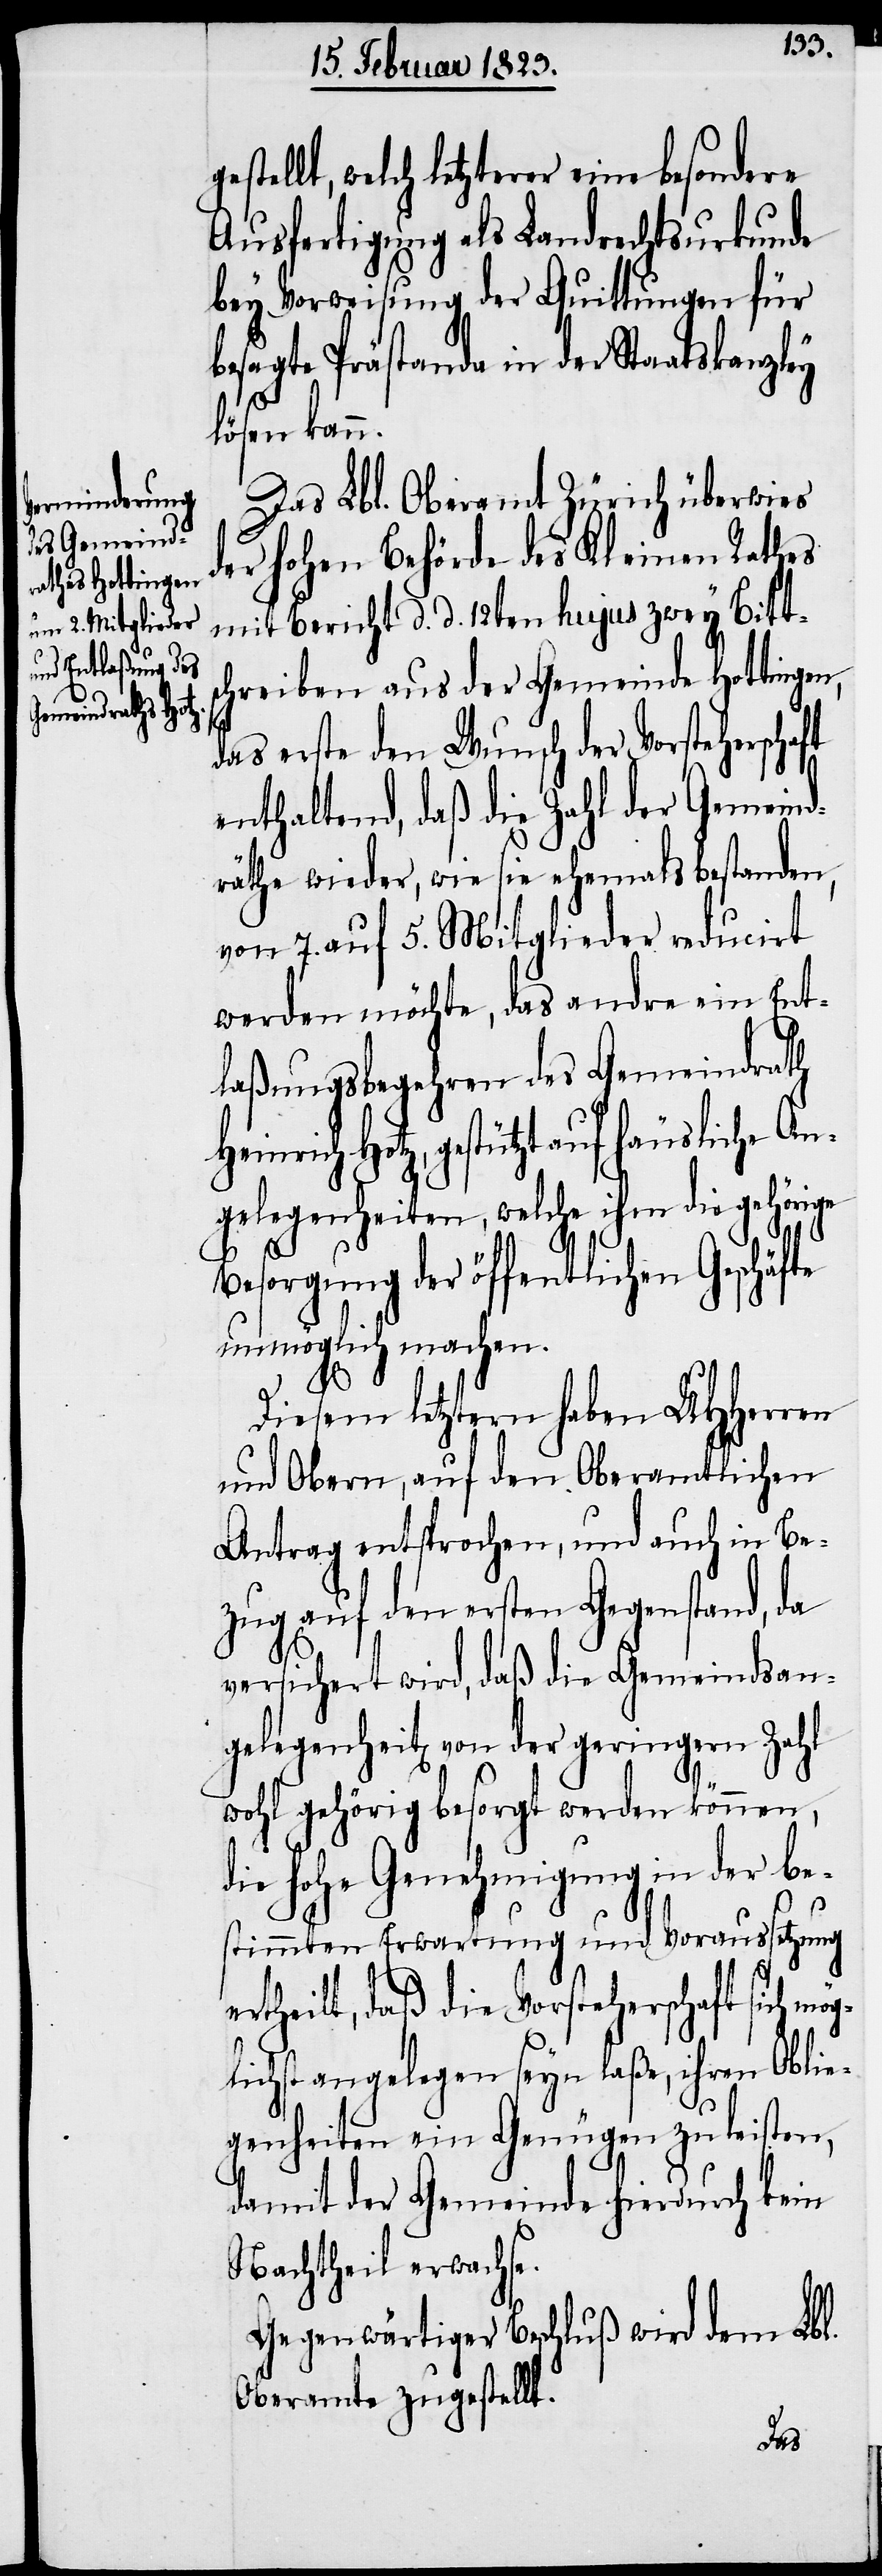
Heinrich Ho¬

estellt, welch letzterer eine besondere
Ausfertigung als Landrechtsurkunde
bey Vorweisung der Quittungen für
besagte Prästanda in der Staatskanzley
lösen kann.
Das Lbl. Oberamt Zürich überwies
der hohen Behörde des Kleinen Rathes
mit Bericht d. d. 12ten hujus zwey Bitt¬
schreiben aus der Gemeinde Hottingen,
das erste den Wunsch der Vorsteherschaft
enthaltend, daß die Zahl der Gemeind¬
räthe wieder, wie sie ehemals bestanden,
von 7. auf 5. Mitglieder reducirt
werden möchte, das andre ein Ent¬
laßungsbegehren des Gemeindrath
tz, gestützt auf häusliche An¬
gelegenheiten, welche ihm die gehörige
Besorgung der öffentlichen Geschäfte
unmöglich machen.
e¬
Diesem letztern haben UHHerren
und Obern, auf den Oberamtlichen
Antrag entsprochen, und auch in Be¬
zug auf den ersten Gegenstand, da
versichert wird, daß die Gemeindsan¬
gelegenheit[en] von der geringern
wohl gehörig besorgt werden können,
die hohe Genehmigung in der be¬
ög¬
stimmten Erwartung und Voraussetzung
rtheilt, daß die Vorsteherschaft sich m¬
lichst angelegen seyn laße, ihren Oblie¬
genheiten ein Genügen zu leisten,
damit der Gemeinde hierdurch kein
Nachtheil erwachse.
Gegenwärtiger Beschluß wird dem Lbl.
Oberamte zugestellt.